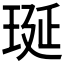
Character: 𤥻